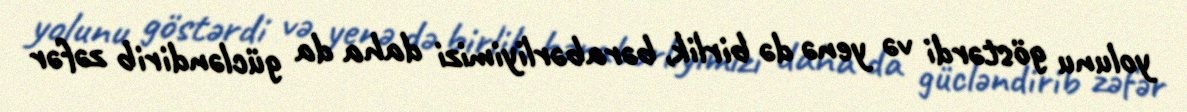
yolunu göstərdi və yenə də birlik, bərabərliyimizi daha da gücləndirib zəfər